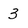
Character: 3